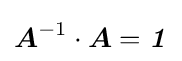
{\boldsymbol {A}}^{-1}\cdot {\boldsymbol {A}}={\boldsymbol {\mathit {1}}}